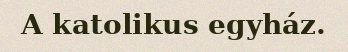
A katolikus egyház.